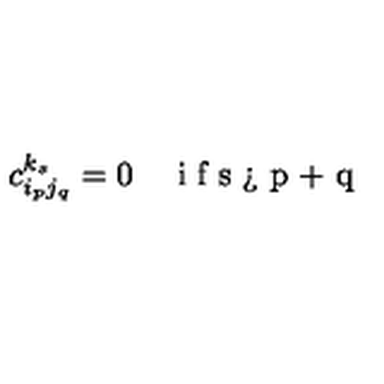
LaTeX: c _ { i _ { p } j _ { q } } ^ { k _ { s } } = 0 \quad \textrm { i f s > p + q }